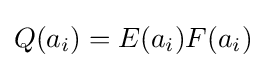
Q(a_{i})=E(a_{i})F(a_{i})